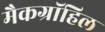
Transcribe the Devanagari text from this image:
मैकग्रॉहिल